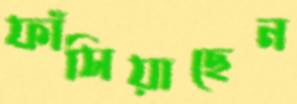
ফাঁসিয়াছেন